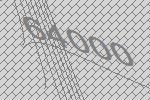
64000